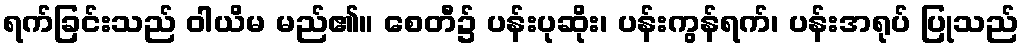
ရက်ခြင်းသည် ဝါယိမ မည်၏။ စေတီ၌ ပန်းပုဆိုး၊ ပန်းကွန်ရက်၊ ပန်းအရုပ် ပြုသည်